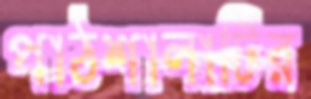
পাঠশালাটির